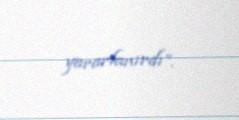
yararlanırdı”.